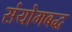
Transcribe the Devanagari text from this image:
संयोगबद्ध